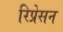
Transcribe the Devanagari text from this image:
रिप्रेसन